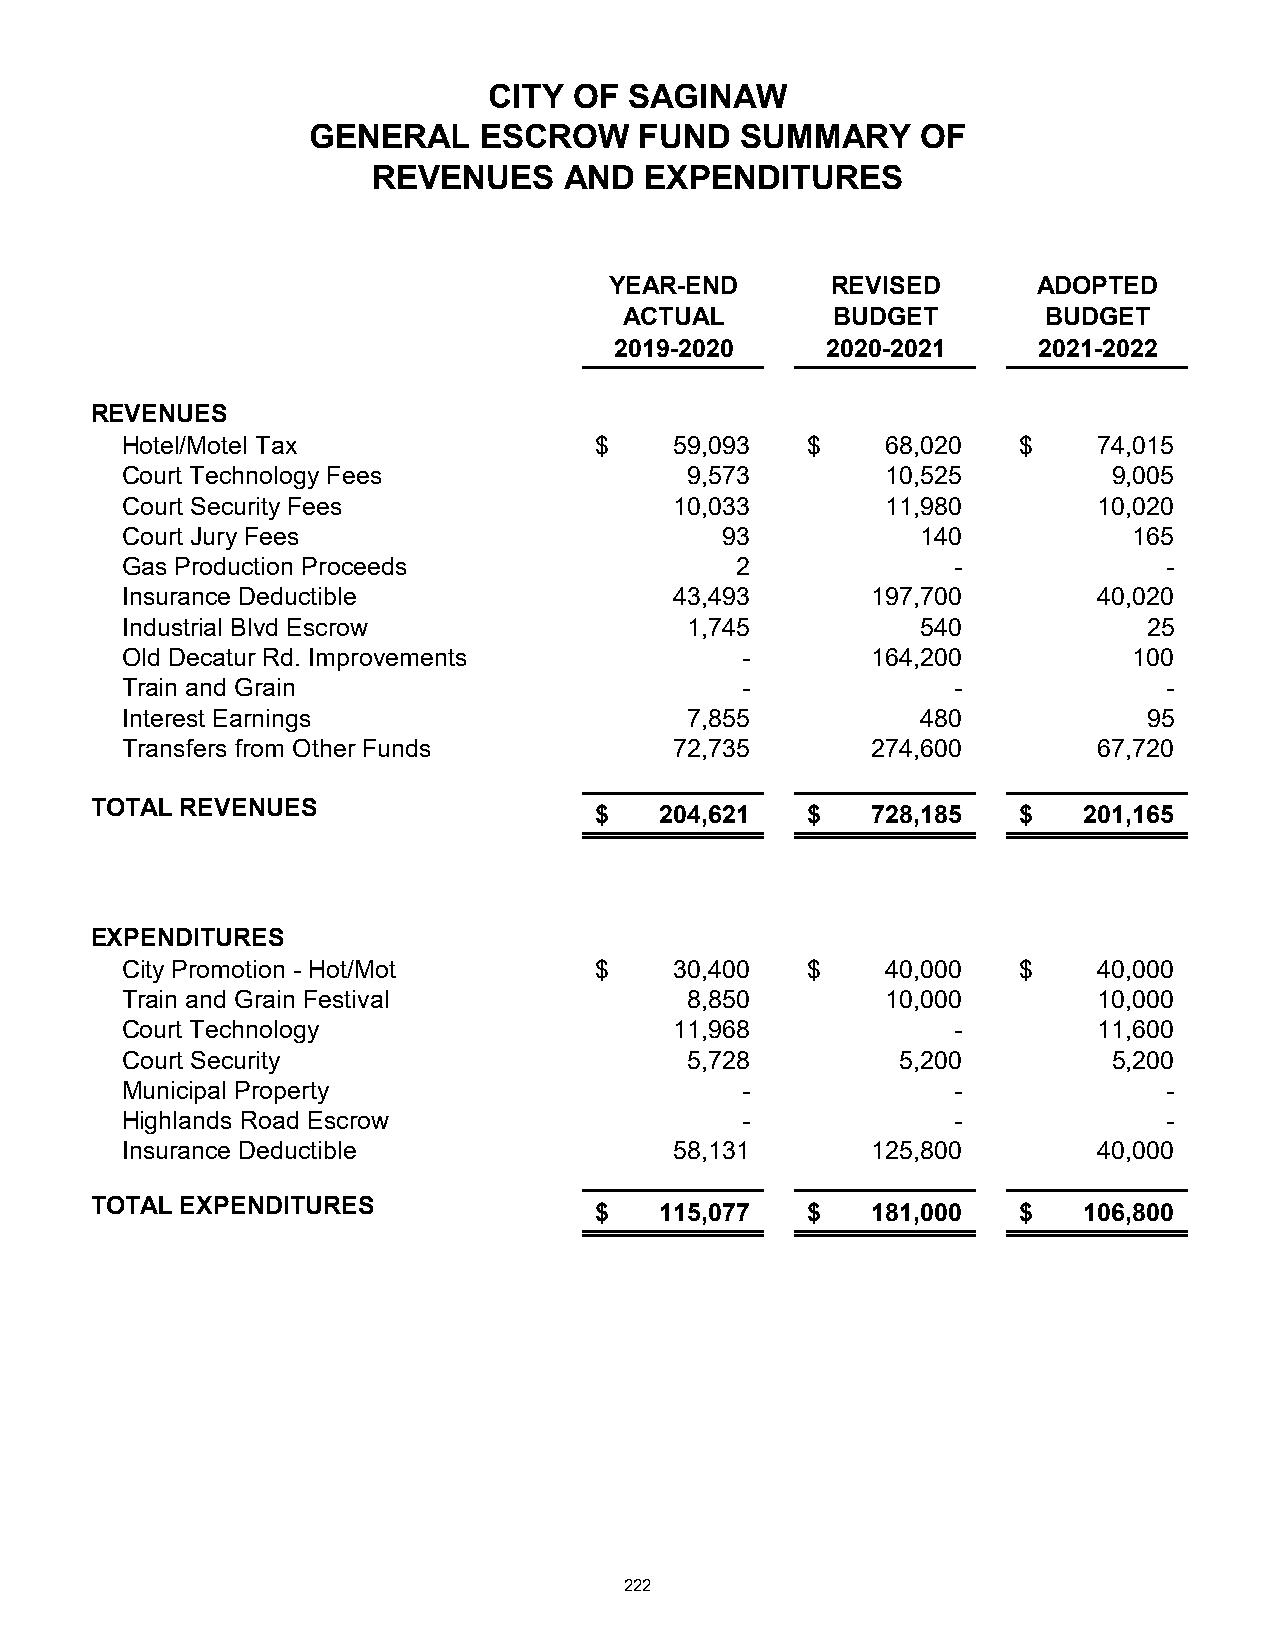
CITY  OF  SAGINAW
 GENERAL     ESCROW    FUND   SUMMARY     OF
 REVENUES    AND   EXPENDITURES
 YEAR-END       REVISED       ADOPTED
 ACTUAL        BUDGET        BUDGET
 2019-2020     2020-2021     2021-2022
 REVENUES
 Hotel/Motel Tax                $     59,093  $     68,020  $     74,015
 Court Technology Fees                 9,573        10,525         9,005
 Court Security Fees                  10,033        11,980        10,020
 Court Jury Fees                         93           140           165
 Gas Production Proceeds                  2             -             -
 Insurance Deductible                 43,493       197,700        40,020
 Industrial Blvd Escrow                1,745          540            25
 Old Decatur Rd. Improvements             -        164,200          100
 Train and Grain                          -             -             -
 Interest Earnings                     7,855          480            95
 Transfers from Other Funds           72,735       274,600        67,720
 TOTAL REVENUES
 $    204,621  $    728,185  $    201,165
 EXPENDITURES
 City Promotion - Hot/Mot       $     30,400  $     40,000  $     40,000
 Train and Grain Festival              8,850        10,000        10,000
 Court Technology                     11,968            -         11,600
 Court Security                        5,728         5,200         5,200
 Municipal Property                       -             -             -
 Highlands Road Escrow                    -             -             -
 Insurance Deductible                 58,131       125,800        40,000
 TOTAL EXPENDITURES
 $    115,077  $    181,000  $    106,800
 222